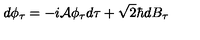
d \phi _ { \tau } = - i { \cal A } \phi _ { \tau } d \tau + \sqrt { 2 } \hbar d B _ { \tau }